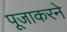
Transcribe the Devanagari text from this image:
पूजाकरने